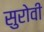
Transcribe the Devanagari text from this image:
सुरोवी